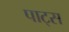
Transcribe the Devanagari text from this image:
पाट्स